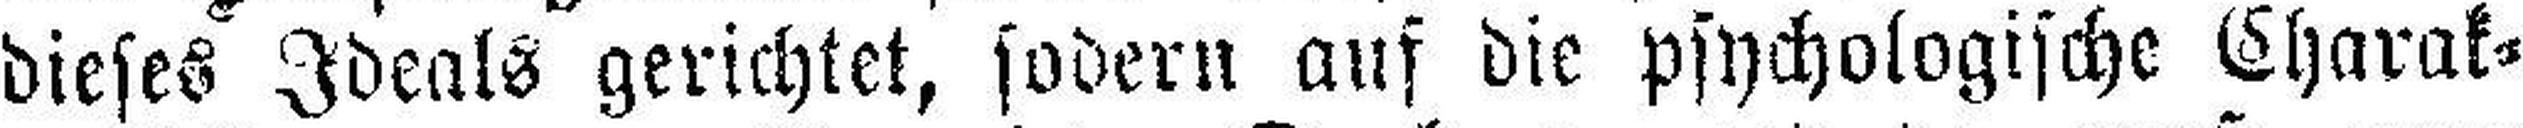
dieses Ideals gerichtet, sodern auf die psychologische Charak¬